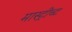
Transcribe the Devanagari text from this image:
मास्ट्रीच्ट